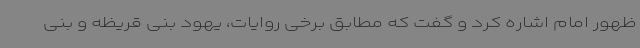
ظهور امام اشاره کرد و گفت که مطابق برخی روایات، یهود بنی قریظه و بنی